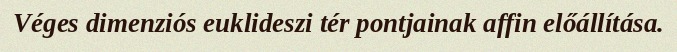
Véges dimenziós euklideszi tér pontjainak affin előállítása.